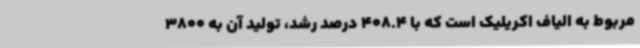
مربوط به الیاف اکریلیک است که با 408.4 درصد رشد، تولید آن به 3800